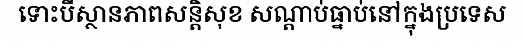
ទោះបីស្ថានភាពសន្តិសុខ សណ្តាប់ធ្នាប់នៅក្នុងប្រទេស